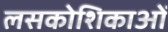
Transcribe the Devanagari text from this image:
लसकोशिकाओं